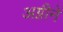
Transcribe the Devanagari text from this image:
अग्नीनें